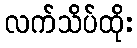
လက်သိပ်ထိုး